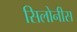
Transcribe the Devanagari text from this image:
सिलोनीस